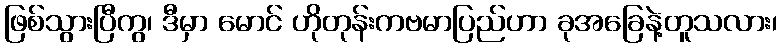
ဖြစ်သွားပြီကွ၊ ဒီမှာ မောင် ဟိုတုန်းကဗမာပြည်ဟာ ခုအခြေနဲ့တူသလား၊